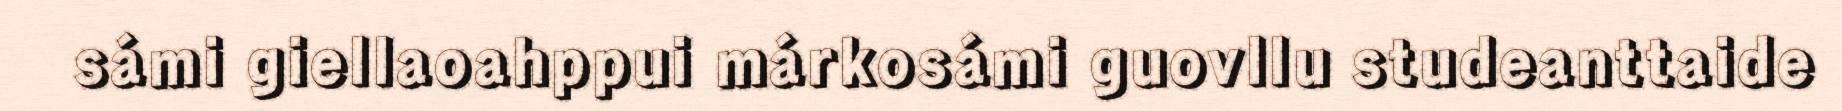
sámi giellaoahppui márkosámi guovllu studeanttaide